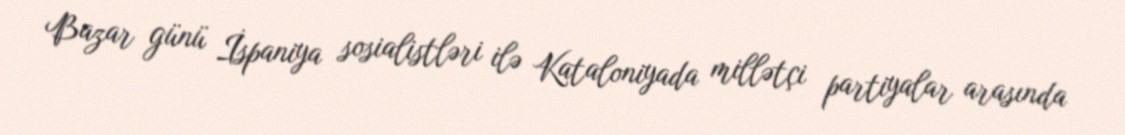
Bazar günü İspaniya sosialistləri ilə Kataloniyada millətçi partiyalar arasında